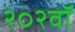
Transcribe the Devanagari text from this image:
२०२वॉ